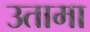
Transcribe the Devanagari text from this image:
उतामा